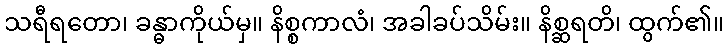
သရီရတော၊ ခန္ဓာကိုယ်မှ။ နိစ္စကာလံ၊ အခါခပ်သိမ်း။ နိစ္ဆရတိ၊ ထွက်၏။